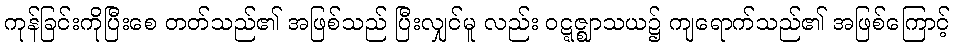
ကုန်ခြင်းကိုပြီးစေ တတ်သည်၏ အဖြစ်သည် ပြီးလျှင်မူ လည်း ဝဋ္ဋဇ္ဈာသယ၌ ကျရောက်သည်၏ အဖြစ်ကြောင့်